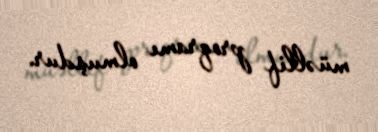
müəllif proqramı olmuşdur.